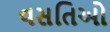
વસતિઓ